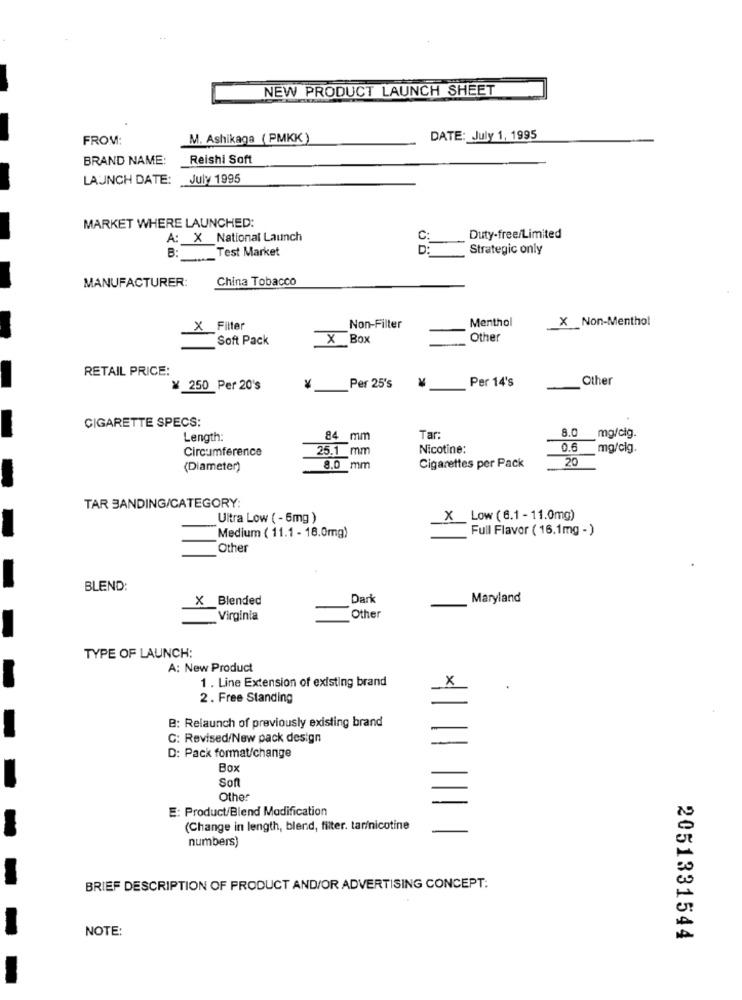
NEW PRODUCT LAUNCH SHEET
FROM:
M. Ashikaga ( PMKK )
DATE: July 1, 1995
BRAND NAME:
Reishi Soft
LAUNCH DATE: July 1995
MARKET WHERE LAUNCHED:
A: X National Launch
C:
Duty-free/Limited
Test Market
D:
Strategic only
B:
MANUFACTURER:
China Tobacco
Menthol
X Non-Menthol
X Filter
Non-Filter
Soft Pack
X Box
Other
RETAIL PRICE:
Per 14's
Other
¥ 250_Per 20's
Per 25's
CIGARETTE SPECS:
Tar:
8.0
Length:
84
mm
mg/cig.
Circumference
25.1 mm
Nicotine:
0.6
mg/cig.
20
(Diameter)
8.0 mm
Cigarettes per Pack
TAR BANDING/CATEGORY:
Ultra Low ( - 6mg )
X Low (6.1 - 11.0mg)
Medium ( 11.1 - 18.0mg)
Full Flavor ( 16.1mg -)
Other
BLEND:
X Blended
Dark
Maryland
Virginia
Other
TYPE OF LAUNCH:
A: New Product
1 . Line Extension of existing brand
X
2. Free Standing
B: Relaunch of previously existing brand
C: Revised/New pack design
D: Pack format/change
Box
Son
Other
E: Product/Blend Modification
(Change in length, blend, filter. tar/nicotine
numbers)
BRIEF DESCRIPTION OF PRODUCT AND/OR ADVERTISING CONCEPT:
NOTE:
2051331544